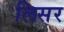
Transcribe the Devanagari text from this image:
लिसर